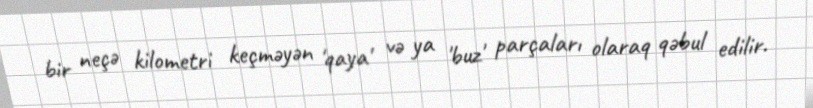
bir neçə kilometri keçməyən 'qaya' və ya 'buz' parçaları olaraq qəbul edilir.